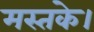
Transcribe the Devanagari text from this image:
मस्तके।